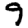
Digit: 9